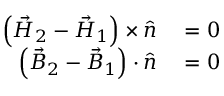
\begin{array} { r l } { \left( { \vec { H } } _ { 2 } - { \vec { H } } _ { 1 } \right) \times { \hat { n } } } & { { } = 0 } \\ { \left( { \vec { B } } _ { 2 } - { \vec { B } } _ { 1 } \right) \cdot { \hat { n } } } & { { } = 0 } \end{array}